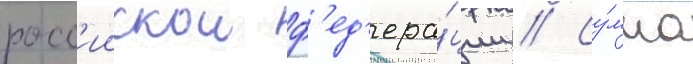
росс'иискои ф'ед'ера́ции // Су́мма